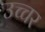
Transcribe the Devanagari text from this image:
उच्चर